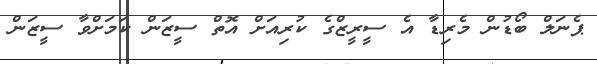
ޕެނަލް ބޯޑުން މެރިޑާ އެ ސީރީޒްގެ ކުރިއަށް އޮތް ސީޒަން ކަމަށްވާ ސީޒަން